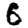
Digit: 6